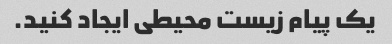
یک پیام زیست محیطی ایجاد کنید.